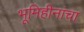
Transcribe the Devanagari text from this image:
भूमिहीनांचा